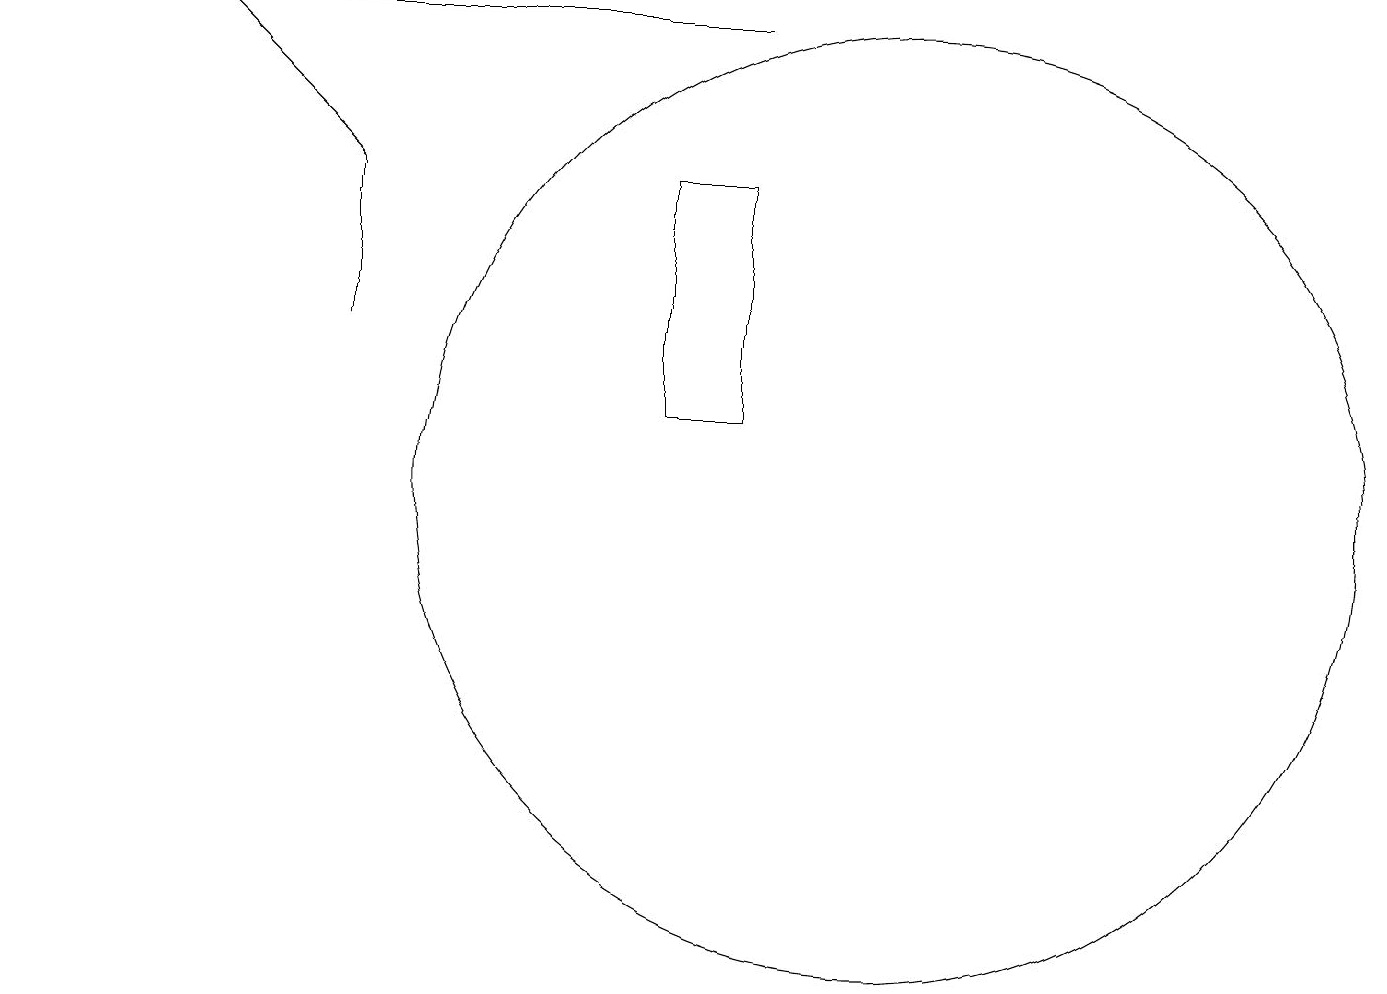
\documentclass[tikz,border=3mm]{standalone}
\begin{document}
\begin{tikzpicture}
\draw (4,13) rectangle (4,15);
\draw (11,11) circle (6);
\draw (0,17) rectangle (9,17);
\draw (9,15) rectangle (8,12);
\draw[->] (4,15) -- (2,17);
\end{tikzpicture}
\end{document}